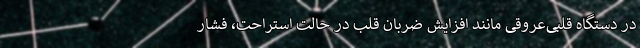
در دستگاه قلبی‌عروقی مانند افزایش ضربان قلب در حالت استراحت، فشار